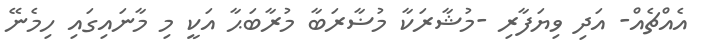
އެއްޗެއް- އަދި ވިޔަފާރި -މުޝާރަކާ މުޟާރަބާ މުރާބަޙާ އަކީ މި މާނައިގައި ހިމެނޭ